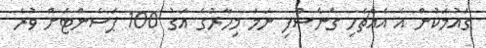
ގައުމަކުން އެ އެއްޗެހި ގެނެސްފި ނަމަ މިހާރުގެ އަގު 100 ޕަސެންޓަށް ވުރެ